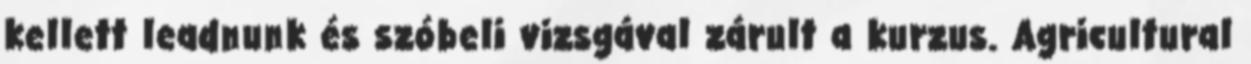
kellett leadnunk és szóbeli vizsgával zárult a kurzus. Agricultural